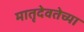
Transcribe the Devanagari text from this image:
मातृदेवतेच्या